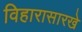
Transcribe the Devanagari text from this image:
विहारासारखे